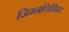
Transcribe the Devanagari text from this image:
जिम्नलिखित